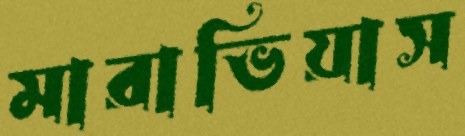
মারাভিয়াস